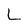
Character: L